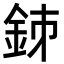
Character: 𨥳